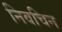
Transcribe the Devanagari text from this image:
निवचिन